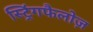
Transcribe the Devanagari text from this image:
स्ट्रिंगफैलोज़